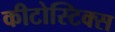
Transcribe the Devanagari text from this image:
कीटोस्टिक्स